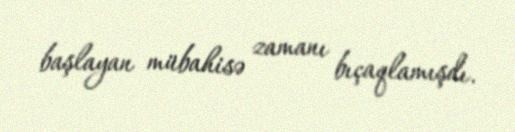
başlayan mübahisə zamanı bıçaqlamışdı.